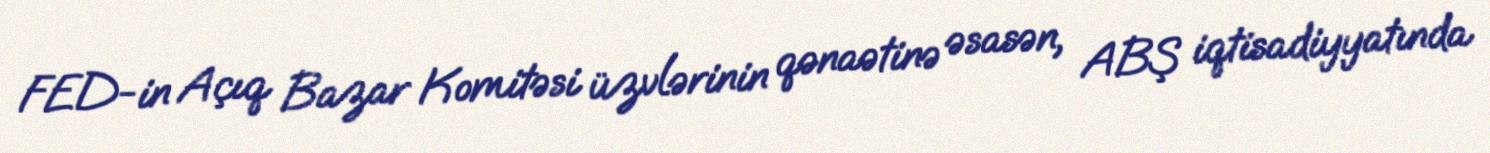
FED-in Açıq Bazar Komitəsi üzvlərinin qənaətinə əsasən, ABŞ iqtisadiyyatında